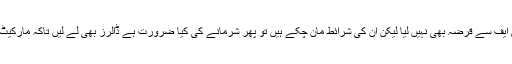
یہی وجہ تھی صحافیوں نے ہنستے ہوئے کہا کہ آپ نے آئی ایم ایف سے قرضہ بھی نہیں لیا لیکن ان کی شرائط مان چکے ہیں تو پھر شرمانے کی کیا ضرورت ہے ڈالرز بھی لے لیں تاکہ مارکیٹ میں ڈالر اور روپے میں جاری چوہے بلی کا کھیل رک سکے۔